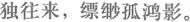
独往来，缥缈孤鸿影。